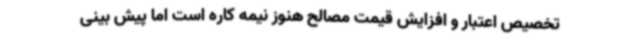
تخصیص اعتبار و افزایش قیمت مصالح هنوز نیمه کاره است اما پیش بینی